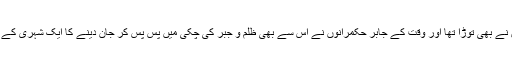
قانون تو غازی علم دین نے بھی توڑا تھا اور وقت کے جابر حکمرانوں نے اس سے بھی ظلم و جبر کی چکی میں پس پس کر جان دینے کا ایک شہری کے طور پر معاہدہ کیا تھا۔